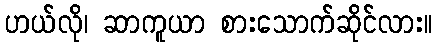
ဟယ်လို၊ ဆာကူယာ စားသောက်ဆိုင်လား။